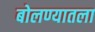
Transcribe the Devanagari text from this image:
बोलण्यातला